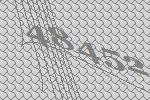
48452